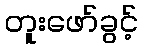
တူးဖော်ခွင့်